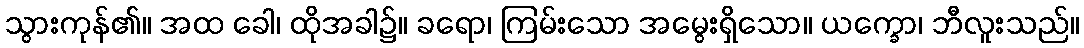
သွားကုန်၏။ အထ ခေါ၊ ထိုအခါ၌။ ခရော၊ ကြမ်းသော အမွေးရှိသော။ ယက္ခော၊ ဘီလူးသည်။